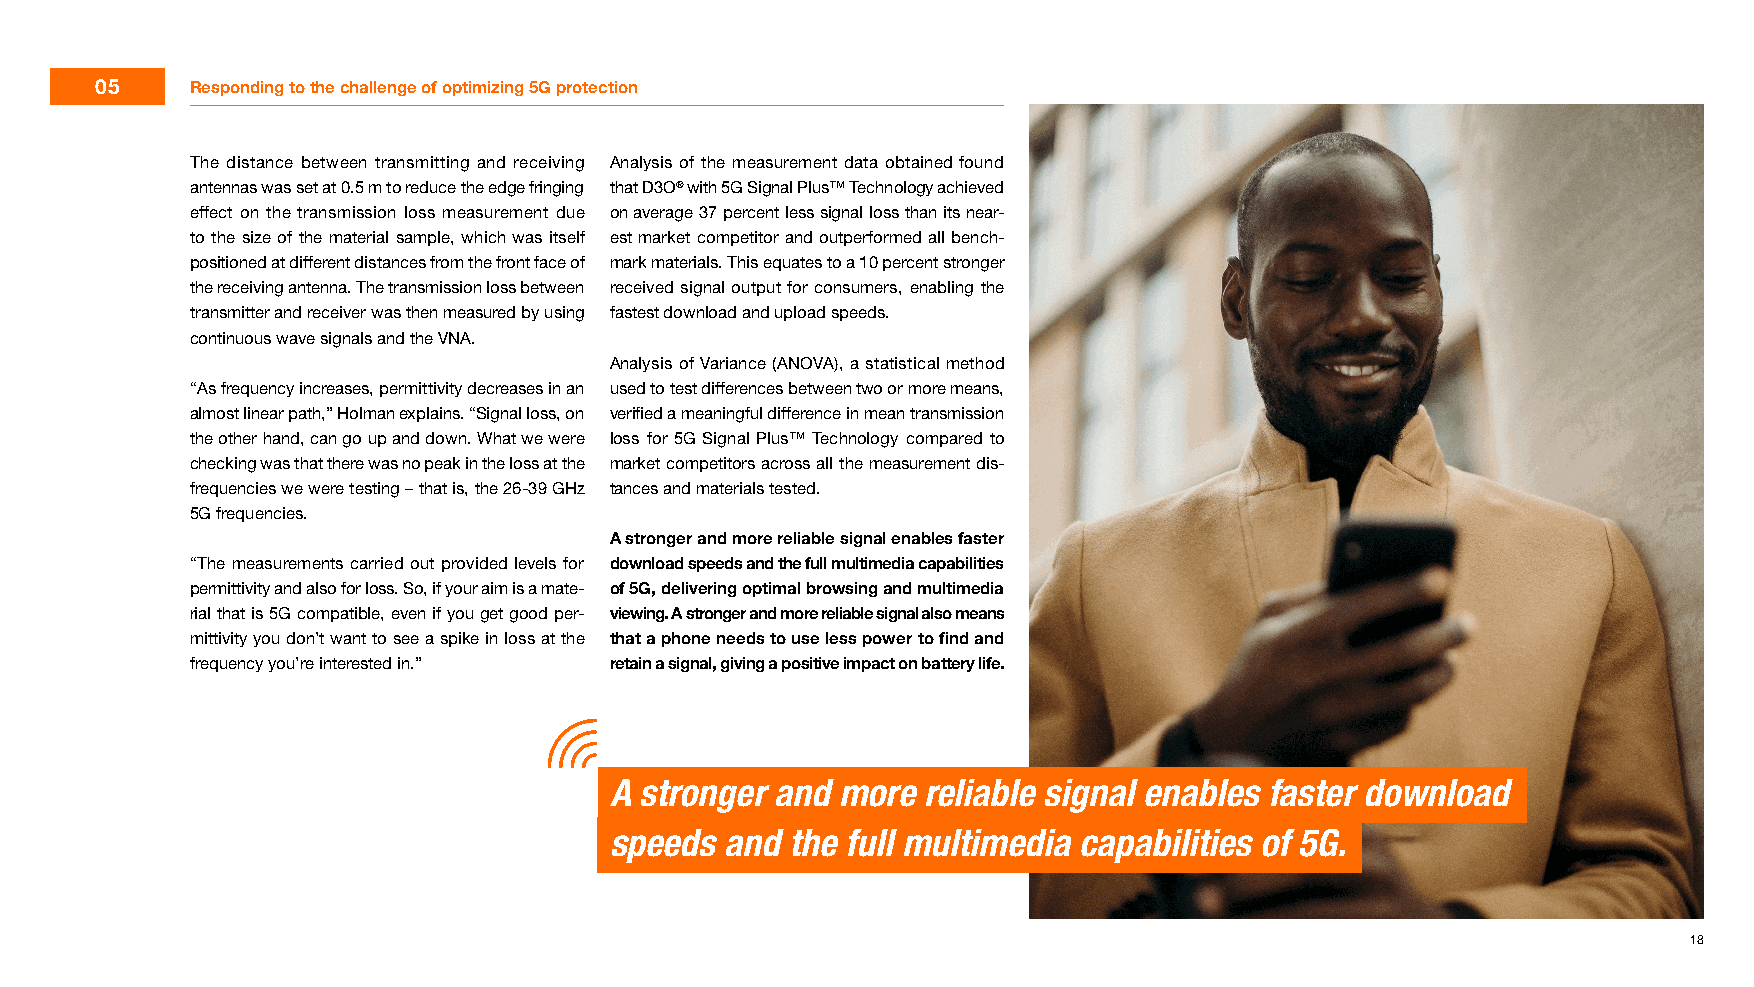
05     Responding to the challenge of optimizing 5G protection
 The distance between transmitting and receiving Analysis of the measurement data obtained found
 antennas was set at 0.5 m to reduce the edge fringing that D3O® with 5G Signal Plus™ Technology achieved
 effect on the transmission loss measurement due on average 37 percent less signal loss than its near-
 to the size of the material sample, which was itself est market competitor and outperformed all bench-
 positioned at different distances from the front face of mark materials. This equates to a 10 percent stronger
 the receiving antenna. The transmission loss between received signal output for consumers, enabling the
 transmitter and receiver was then measured by using fastest download and upload speeds.
 continuous wave signals and the VNA.
 Analysis of Variance (ANOVA), a statistical method
 “As frequency increases, permittivity decreases in an used to test differences between two or more means,
 almost linear path,” Holman explains. “Signal loss, on verified a meaningful difference in mean transmission
 the other hand, can go up and down. What we were loss for 5G Signal Plus™ Technology compared to
 checking was that there was no peak in the loss at the market competitors across all the measurement dis-
 frequencies we were testing – that is, the 26-39 GHz tances and materials tested.
 5G frequencies.
 A stronger and more reliable signal enables faster
 “The measurements carried out provided levels for download speeds and the full multimedia capabilities
 permittivity and also for loss. So, if your aim is a mate- of 5G, delivering optimal browsing and multimedia
 rial that is 5G compatible, even if you get good per- viewing. A stronger and more reliable signal also means
 mittivity you don’t want to see a spike in loss at the that a phone needs to use less power to find and
 frequency you’re interested in.” retain a signal, giving a positive impact on battery life.
 A stronger and  more reliable signal enables faster download
 speeds  and the full multimedia capabilities of 5G.
 18